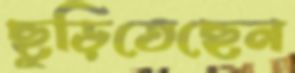
ছুড়িতেছেন